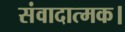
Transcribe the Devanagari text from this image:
संवादात्मक।